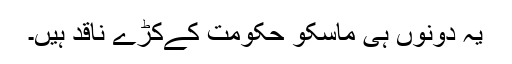
یہ دونوں ہی ماسکو حکومت کےکڑے ناقد ہیں۔